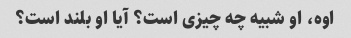
اوه، او شبیه چه چیزی است؟ آیا او بلند است؟